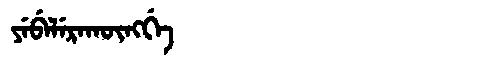
Manchu: ᠶᡝᠪᡝᠯᡝᡵᠠᡴᡡᠩᡤᡝ
Romanization: YEBELERAKŪNGGE